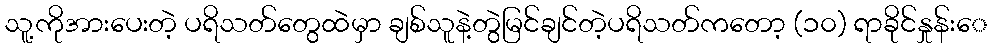
သူ့ကိုအားပေးတဲ့ ပရိသတ်တွေထဲမှာ ချစ်သူနဲ့တွဲမြင်ချင်တဲ့ပရိသတ်ကတော့ (၁၀) ရာခိုင်နှုန်းေ